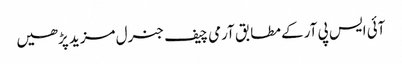
آئی ایس پی آر کے مطابق آرمی چیف جنرل مزید پڑھیں